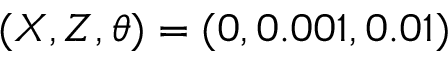
( X , Z , \theta ) = ( 0 , 0 . 0 0 1 , 0 . 0 1 )